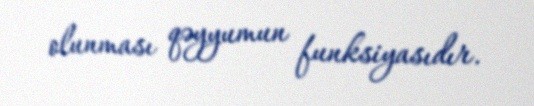
olunması qəyyumun funksiyasıdır.